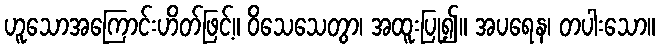
ဟူသောအကြောင်းဟိတ်ဖြင့်။ ဝိသေသေတွာ၊ အထူးပြု၍။ အပရေန၊ တပါးသော။